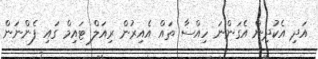
އަދި އެކުދިން އެގަންނަ ހިއްސާ ތައް އެއިރުން ރިއަލް ޓައިމް ގައި ފެންނަން